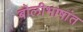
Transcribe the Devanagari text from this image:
बोलीभाषांत